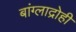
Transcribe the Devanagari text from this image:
बांग्लाद्रोही